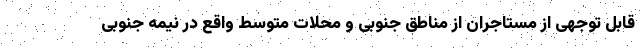
قابل توجهی از مستاجران از مناطق جنوبی و محلات متوسط واقع در نیمه جنوبی